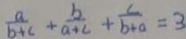
\frac { a } { b + c } + \frac { b } { a + c } + \frac { c } { b + a } = 3